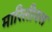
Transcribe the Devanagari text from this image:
मारिलीयस